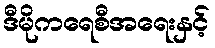
ဒီမိုကရေစီအရေးနှင့်